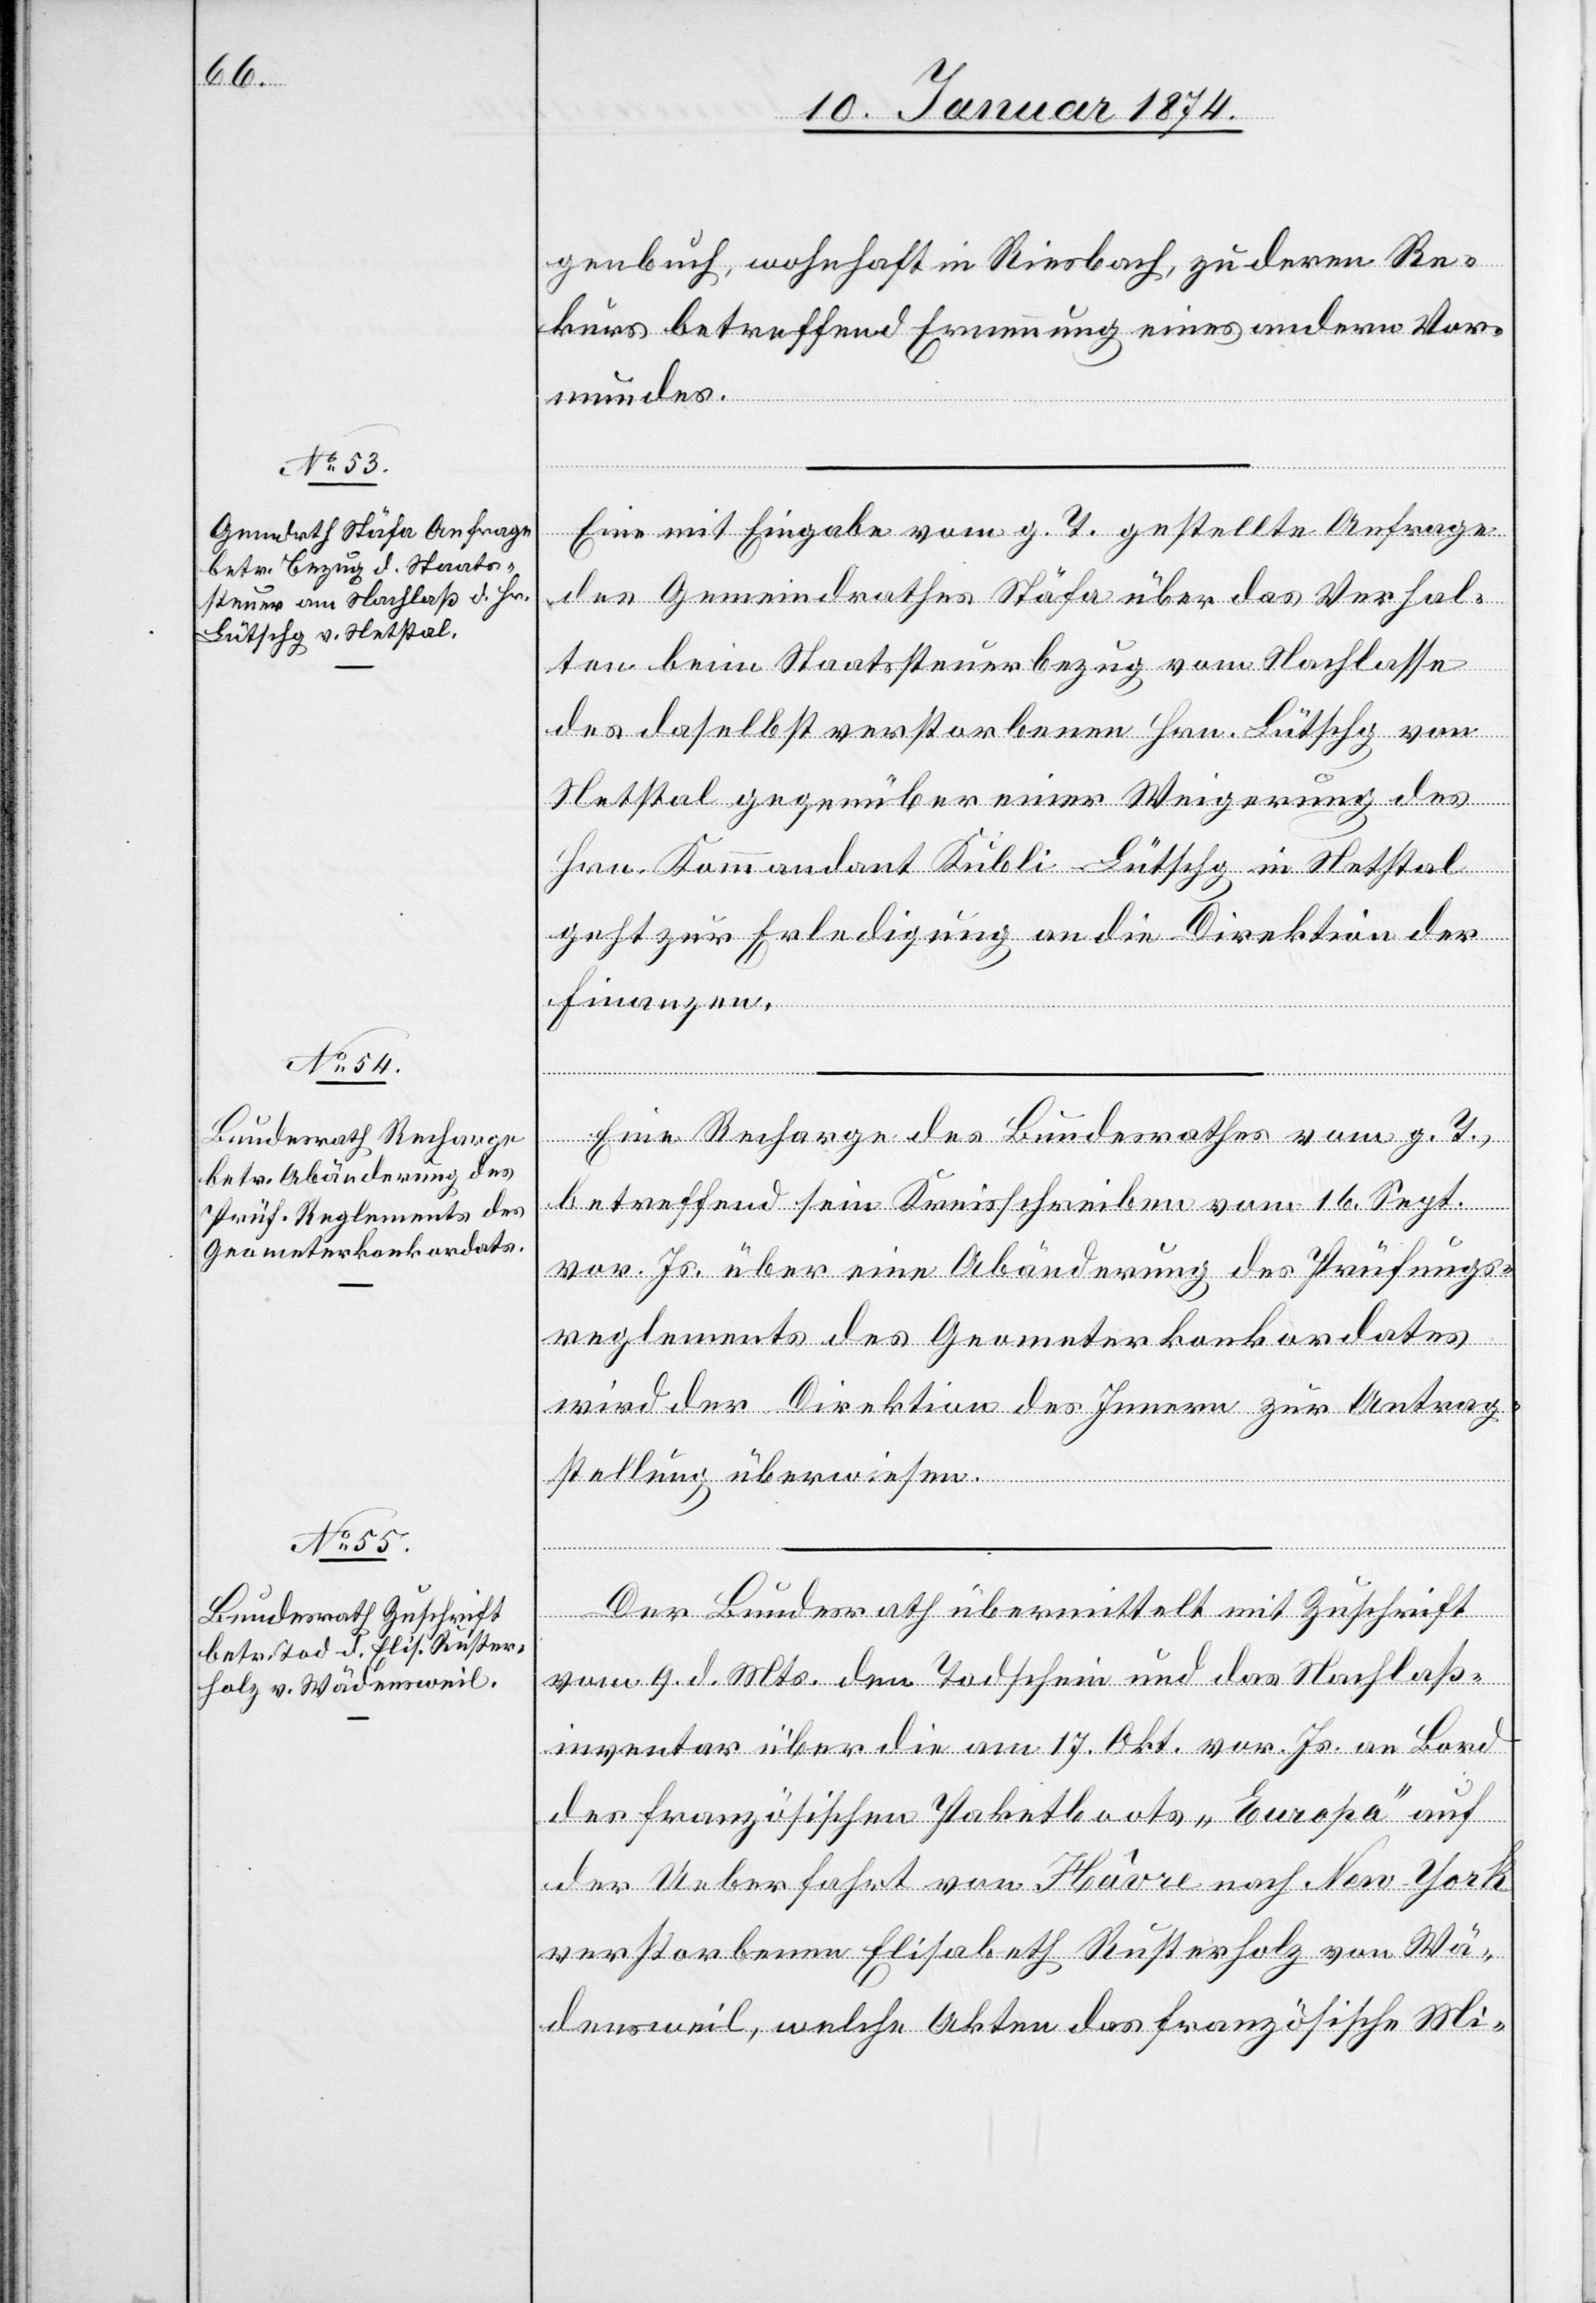
13. Januar 1874.]
genbuch, wohnhaft in Riesbach, zu deren Re¬
kurs betreffend Ernennung eines andern Vor¬
mundes.
Eine mit Eingabe vom g. T. gestellte Anfrage
des Gemeindrathes Stäfa über das Verhal¬
ten beim Staatssteuerbezug vom Nachlasse
des daselbst verstorbenen Hrn. Lütschg von
Netstal gegenüber einer Weigerung des
Hrn. Kommandant Kübli Lütschg in Netstal
geht zur Erledigung an die Direktion der
Finanzen.
Eine Recharge des Bundesrathes vom g. T.
betreffend sein Kreisschreiben vom 16. Sept.
vor. Js. über eine Abänderung des Prüfungs¬
reglements des Geometerkonkordates
wird der Direktion des Innern zur Antrag¬
stellung überwiesen.
Der Bundesrath übermittelt mit Zuschrift
vom 9. d. Mts. den Todschein und das Nachlaß¬
inventar über die am 17. Okt. vor. Js. an Bord
des französischen Paketboots „Europa“ auf
der Ueberfahrt von Hâvre nach New-York
verstorbenen Elisabeth Rusterholz von Wä¬
denweil, welche Akten des französischen Mi-

von